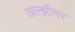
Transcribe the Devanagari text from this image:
अल्झीमर